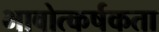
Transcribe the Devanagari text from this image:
भावोत्कर्षकता